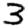
Digit: 3